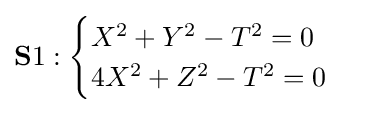
\mathbf {S} 1:{\begin{cases}X^{2}+Y^{2}-T^{2}=0\\4X^{2}+Z^{2}-T^{2}=0\end{cases}}